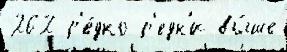
262 р'е́дко р'едк'и вы́ше